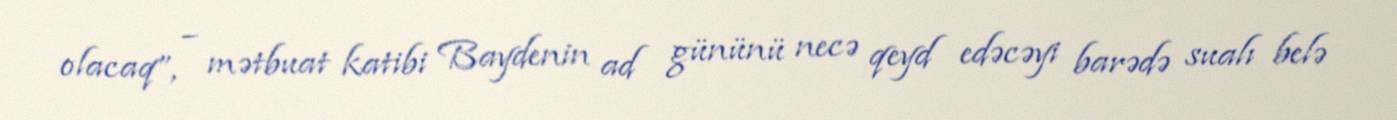
olacaq”, – mətbuat katibi Baydenin ad gününü necə qeyd edəcəyi barədə sualı belə